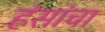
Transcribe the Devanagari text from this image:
हंसांचा